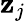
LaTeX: \mathbf{z}_{j}